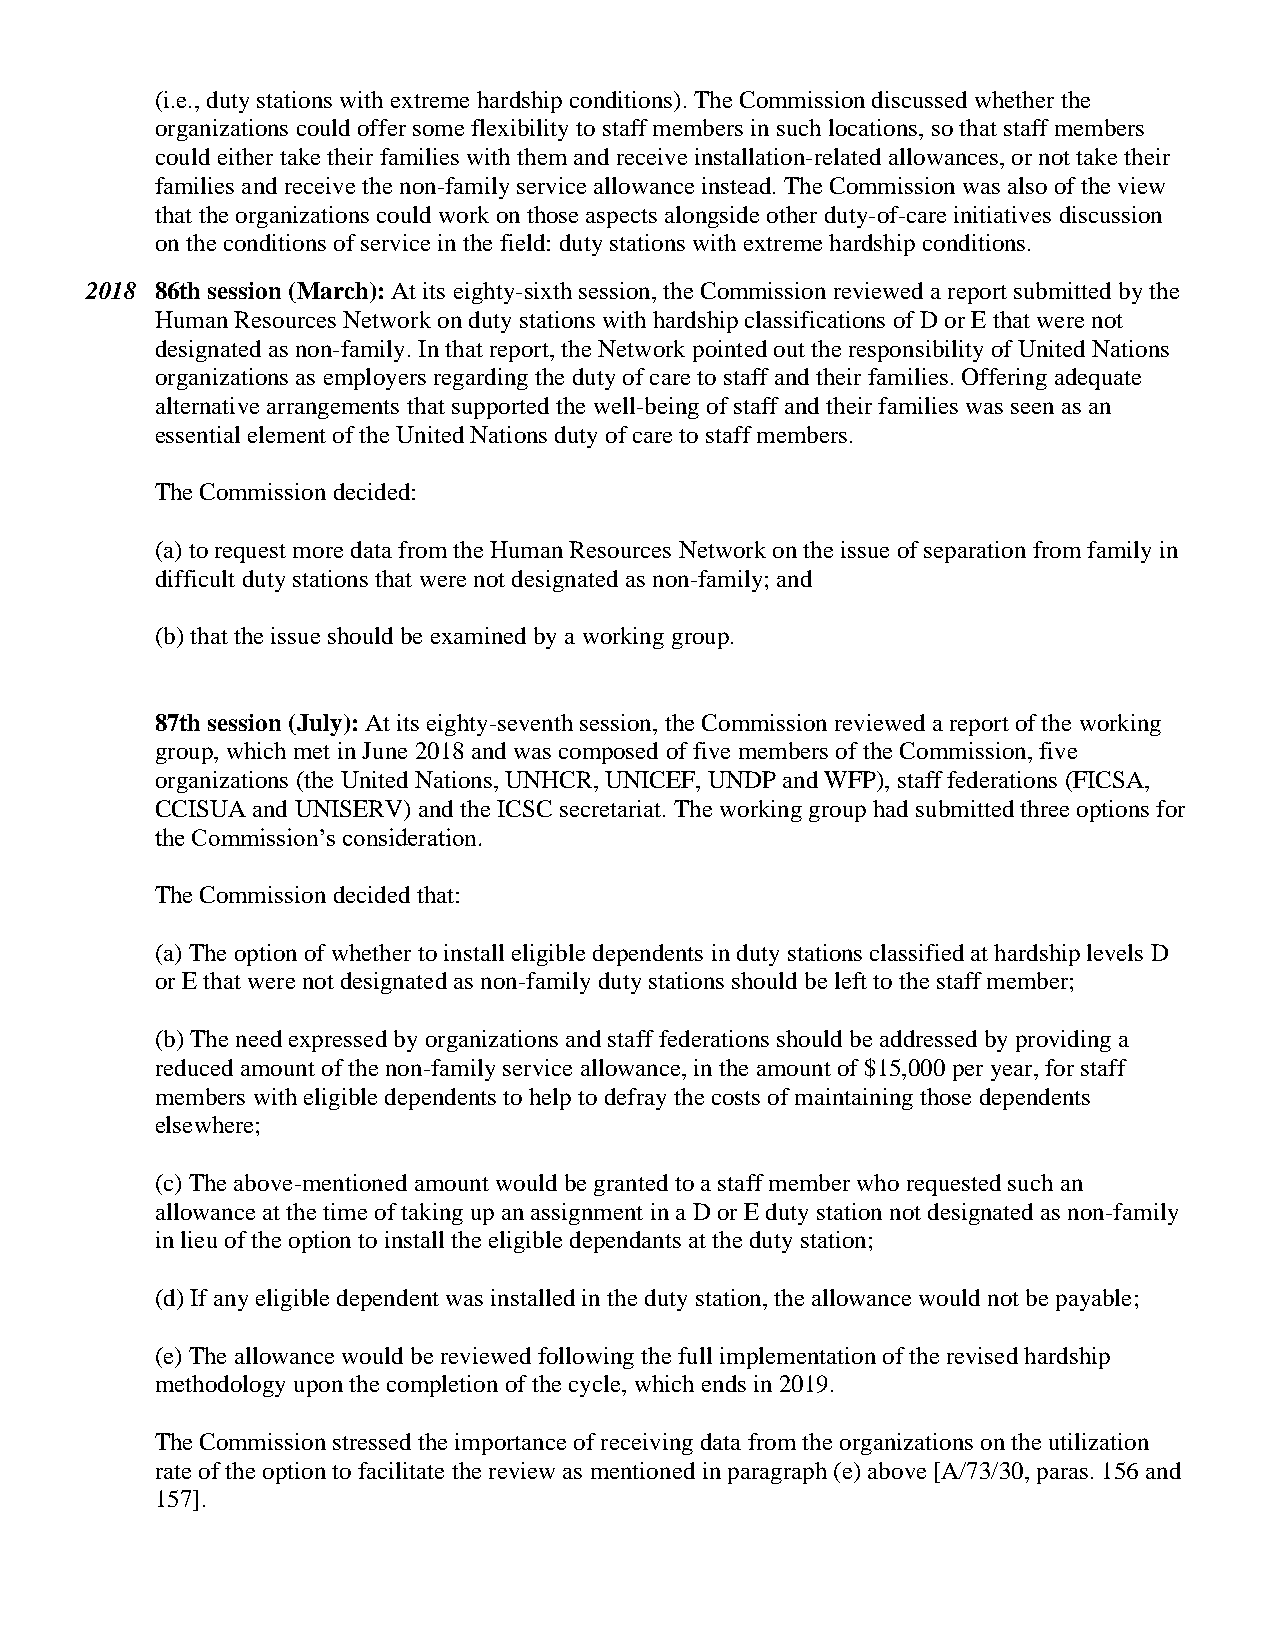
(i.e., duty stations with extreme hardship conditions). The Commission discussed whether the
 organizations could offer some flexibility to staff members in such locations, so that staff members
 could either take their families with them and receive installation-related allowances, or not take their
 families and receive the non-family service allowance instead. The Commission was also of the view
 that the organizations could work on those aspects alongside other duty-of-care initiatives discussion
 on the conditions of service in the field: duty stations with extreme hardship conditions.
 2018 86th session (March): At its eighty-sixth session, the Commission reviewed a report submitted by the
 Human Resources Network on duty stations with hardship classifications of D or E that were not
 designated as non-family. In that report, the Network pointed out the responsibility of United Nations
 organizations as employers regarding the duty of care to staff and their families. Offering adequate
 alternative arrangements that supported the well-being of staff and their families was seen as an
 essential element of the United Nations duty of care to staff members.
 The Commission decided:
 (a) to request more data from the Human Resources Network on the issue of separation from family in
 difficult duty stations that were not designated as non-family; and
 (b) that the issue should be examined by a working group.
 87th session (July): At its eighty-seventh session, the Commission reviewed a report of the working
 group, which met in June 2018 and was composed of five members of the Commission, five
 organizations (the United Nations, UNHCR, UNICEF, UNDP and WFP), staff federations (FICSA,
 CCISUA and UNISERV) and the ICSC secretariat. The working group had submitted three options for
 the Commission’s consideration.
 The Commission decided that:
 (a) The option of whether to install eligible dependents in duty stations classified at hardship levels D
 or E that were not designated as non-family duty stations should be left to the staff member;
 (b) The need expressed by organizations and staff federations should be addressed by providing a
 reduced amount of the non-family service allowance, in the amount of $15,000 per year, for staff
 members with eligible dependents to help to defray the costs of maintaining those dependents
 elsewhere;
 (c) The above-mentioned amount would be granted to a staff member who requested such an
 allowance at the time of taking up an assignment in a D or E duty station not designated as non-family
 in lieu of the option to install the eligible dependants at the duty station;
 (d) If any eligible dependent was installed in the duty station, the allowance would not be payable;
 (e) The allowance would be reviewed following the full implementation of the revised hardship
 methodology upon the completion of the cycle, which ends in 2019.
 The Commission stressed the importance of receiving data from the organizations on the utilization
 rate of the option to facilitate the review as mentioned in paragraph (e) above [A/73/30, paras. 156 and
 157].